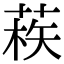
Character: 𦳿